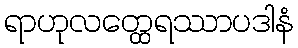
ရာဟုလတ္ထေရဿာပဒါနံ